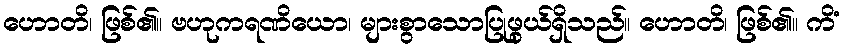
ဟောတိ၊ ဖြစ်၏။ ဗဟုကရဏိယော၊ များစွာသောပြုဖွယ်ရှိသည်။ ဟောတိ၊ ဖြစ်၏။ ကိံ